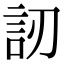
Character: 訒